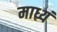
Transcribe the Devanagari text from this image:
माध्यं